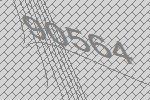
90564